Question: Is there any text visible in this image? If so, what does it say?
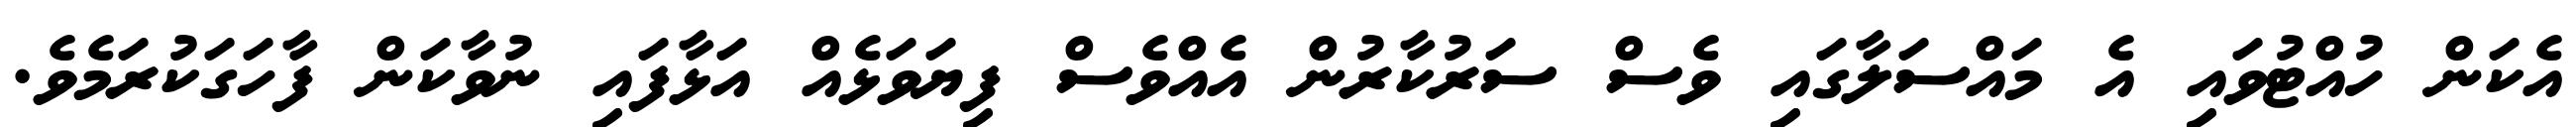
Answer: އެކަން ހުއްޓުވައި އެ މައްސަލާގައި ވެސް ސަރުކާރުން އެއްވެސް ފިޔަވަޅެއް އަޅާފައި ނުވާކަން ފާހަގަކުރަމެވެ.